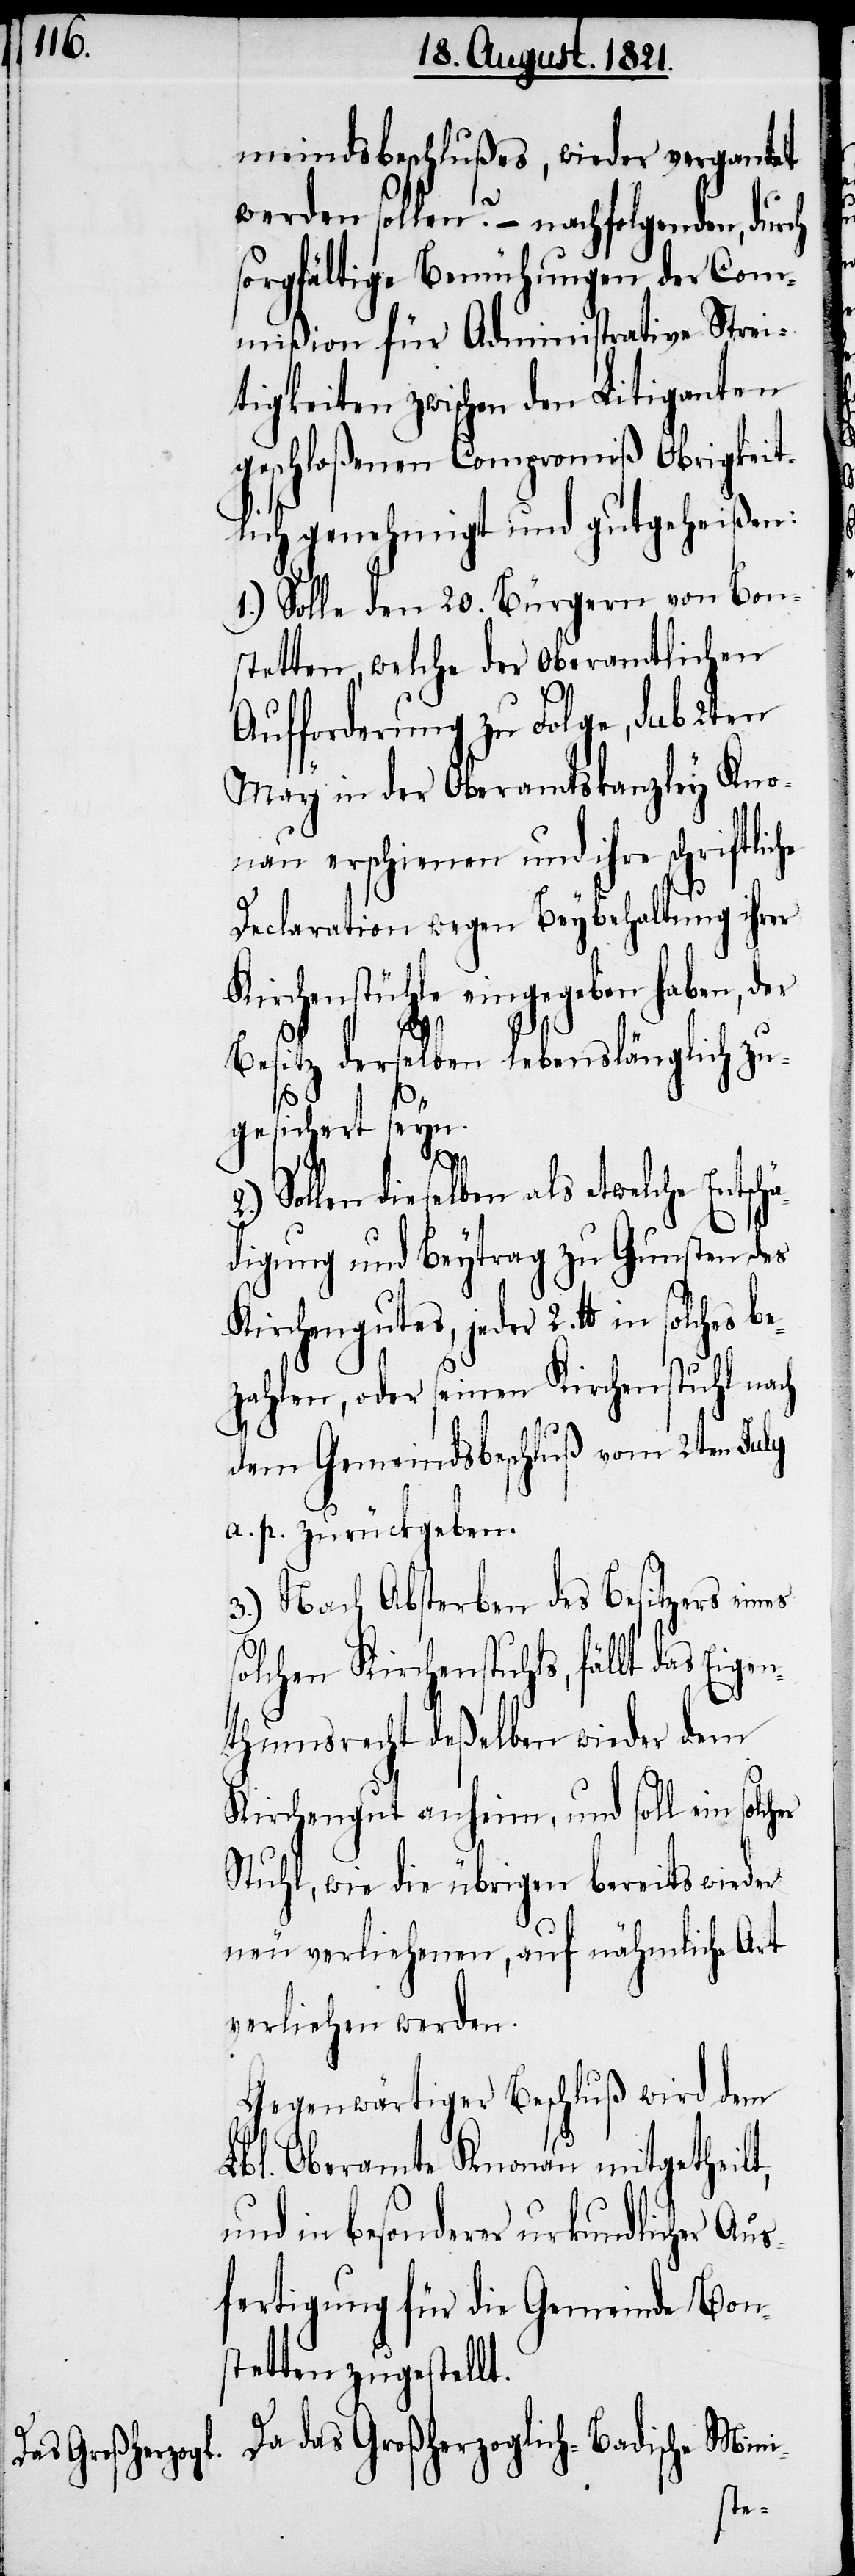
meindsbeschlußes, wieder vergantet
werden sollen? – nachfolgenden, durch
sorgfältige Bemühungen der Com¬
mißion für Administrative Strei¬
tigkeiten zwischen den Litiganten
geschloßenen Compromiß Obrigkeit¬
lich genehmigt und gutgeheißen:
1.) Solle den 20. Bürgern von Bon¬
stetten, welche der Oberamtlichen
Aufforderung zu Folge, sub 2ten
May in der Oberamtskanzley Kno¬
nau erschienen und ihre schriftliche
Declaration wegen Beybehaltung ihrer
Kirchenstühle eingegeben haben, der
Besitz derselben lebenslänglich zu¬
gesichert seyn.
be¬
Sollen dieselben als etwelche Entsch¬
ädigung und Beytrag zu Gunsten des
Kirchengutes, jeder 2. lb. in solches
zahlen, oder seinen Kirchenstuhl nach
dem Gemeindsbeschluß vom 2ten July
a. p. zurückgeben.
3.) Nach Absterben des Besitzers eines
solchen Kirchenstuhls, fällt das Eigen¬
thumsrecht deßelben wieder dem
Kirchengut anheim, und soll ein
Stuhl, wie die übrigen bereits wieder
neu verliehenen, auf nämliche Art
verliehen werden.
Gegenwärtiger Beschluß wird dem
Lbl. Oberamte Knonau mitgetheilt,
und in besonderer urkundlicher Aus¬
fertigung für die Gemeinde Bon¬
stetten zugestellt.
Da das Großherzoglich-Badische Mini-